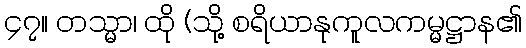
၄၇။ တသ္မာ၊ ထို (သို့ စရိယာနုကူလကမ္မဋ္ဌာန၏